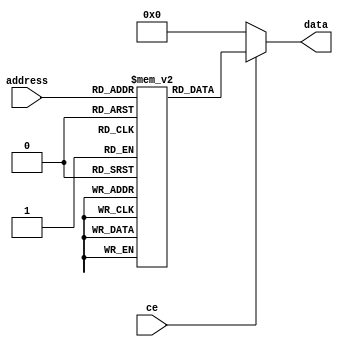


module ROM(
address , // Address input
 data    , // Data output
 ce        // Chip Enable
 );

parameter mem_width = 16;
parameter mem_length = 32;
parameter add_length = 5;

 input [add_length-1:0] address;
 output [mem_width-1:0] data; 
 input ce; 

 integer i;
            
reg [mem_width - 1:0] mem [0:mem_length - 1]; // 8 bit memory with 16 entries
       
assign data = (ce) ? mem[address] : 0;


	

endmodule